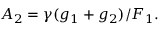
A _ { 2 } = \gamma ( g _ { 1 } + g _ { 2 } ) / F _ { 1 } \/ .